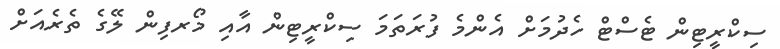
ސިކްރީޓިން ޓެސްޓް ހެދުމަށް އެންމެ ފުރަތަމަ ސިކްރީޓިން އާއި މޯރފިން ލޭގެ ތެރެއަށް